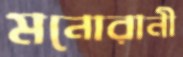
মনোরানী